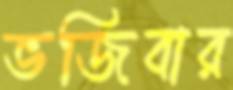
ভজিবার